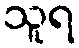
သူရ